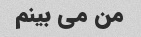
من می بینم